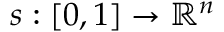
s : [ 0 , 1 ] \to \mathbb { R } ^ { n }